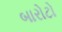
બારોટો